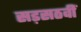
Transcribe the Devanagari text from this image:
सड़सठवीं